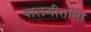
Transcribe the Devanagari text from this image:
बालगीतांना